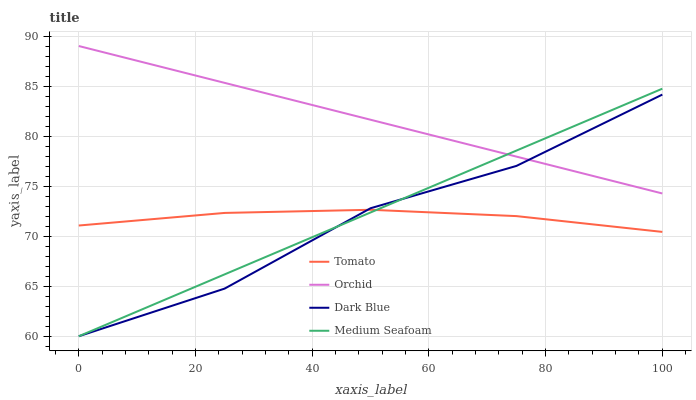
| xaxis_label | Tomato | Orchid | Dark Blue | Medium Seafoam |
 | --- | --- | --- | --- | --- |
 | 0 | 71.1 | 89 | 60 | 60 |
 | 25 | 72.3 | 85.3 | 64.8 | 66.2 |
 | 50 | 72.6 | 81.6 | 72.8 | 72.4 |
 | 75 | 72 | 78 | 77 | 78.6 |
 | 100 | 70.4 | 74.3 | 84.1 | 84.7 |